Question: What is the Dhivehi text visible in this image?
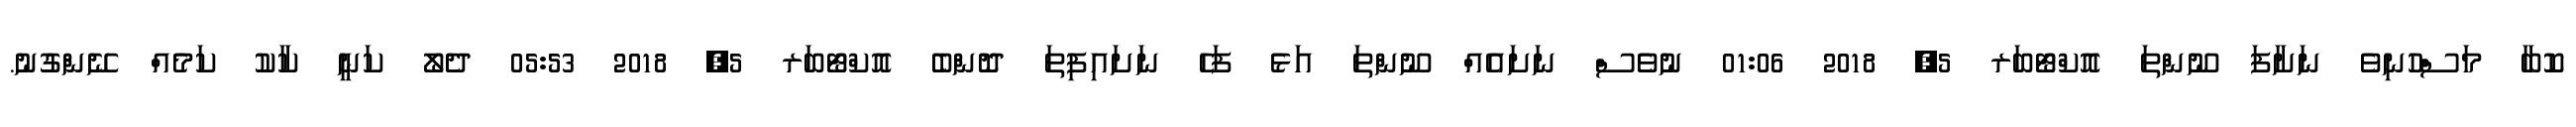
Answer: ކޮބާ މަސްހުނިވެ ނަށާފަ ނޫންތަ އޮކްޓޯބަރ 5, 2018 01:06 ނުވެސް ނަށައެއް ނޫންތަ އަޅެ ފަހެ ނަށައިފިތަ ދޮންބެ އޮކްޓޯބަރ 5, 2018 05:53 ދެލޯ ކަނީ ކާކު ކަމެއް ނޭންގުނު.